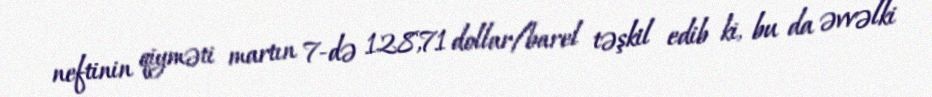
neftinin qiyməti martın 7-də 128,71 dollar/barel təşkil edib ki, bu da əvvəlki